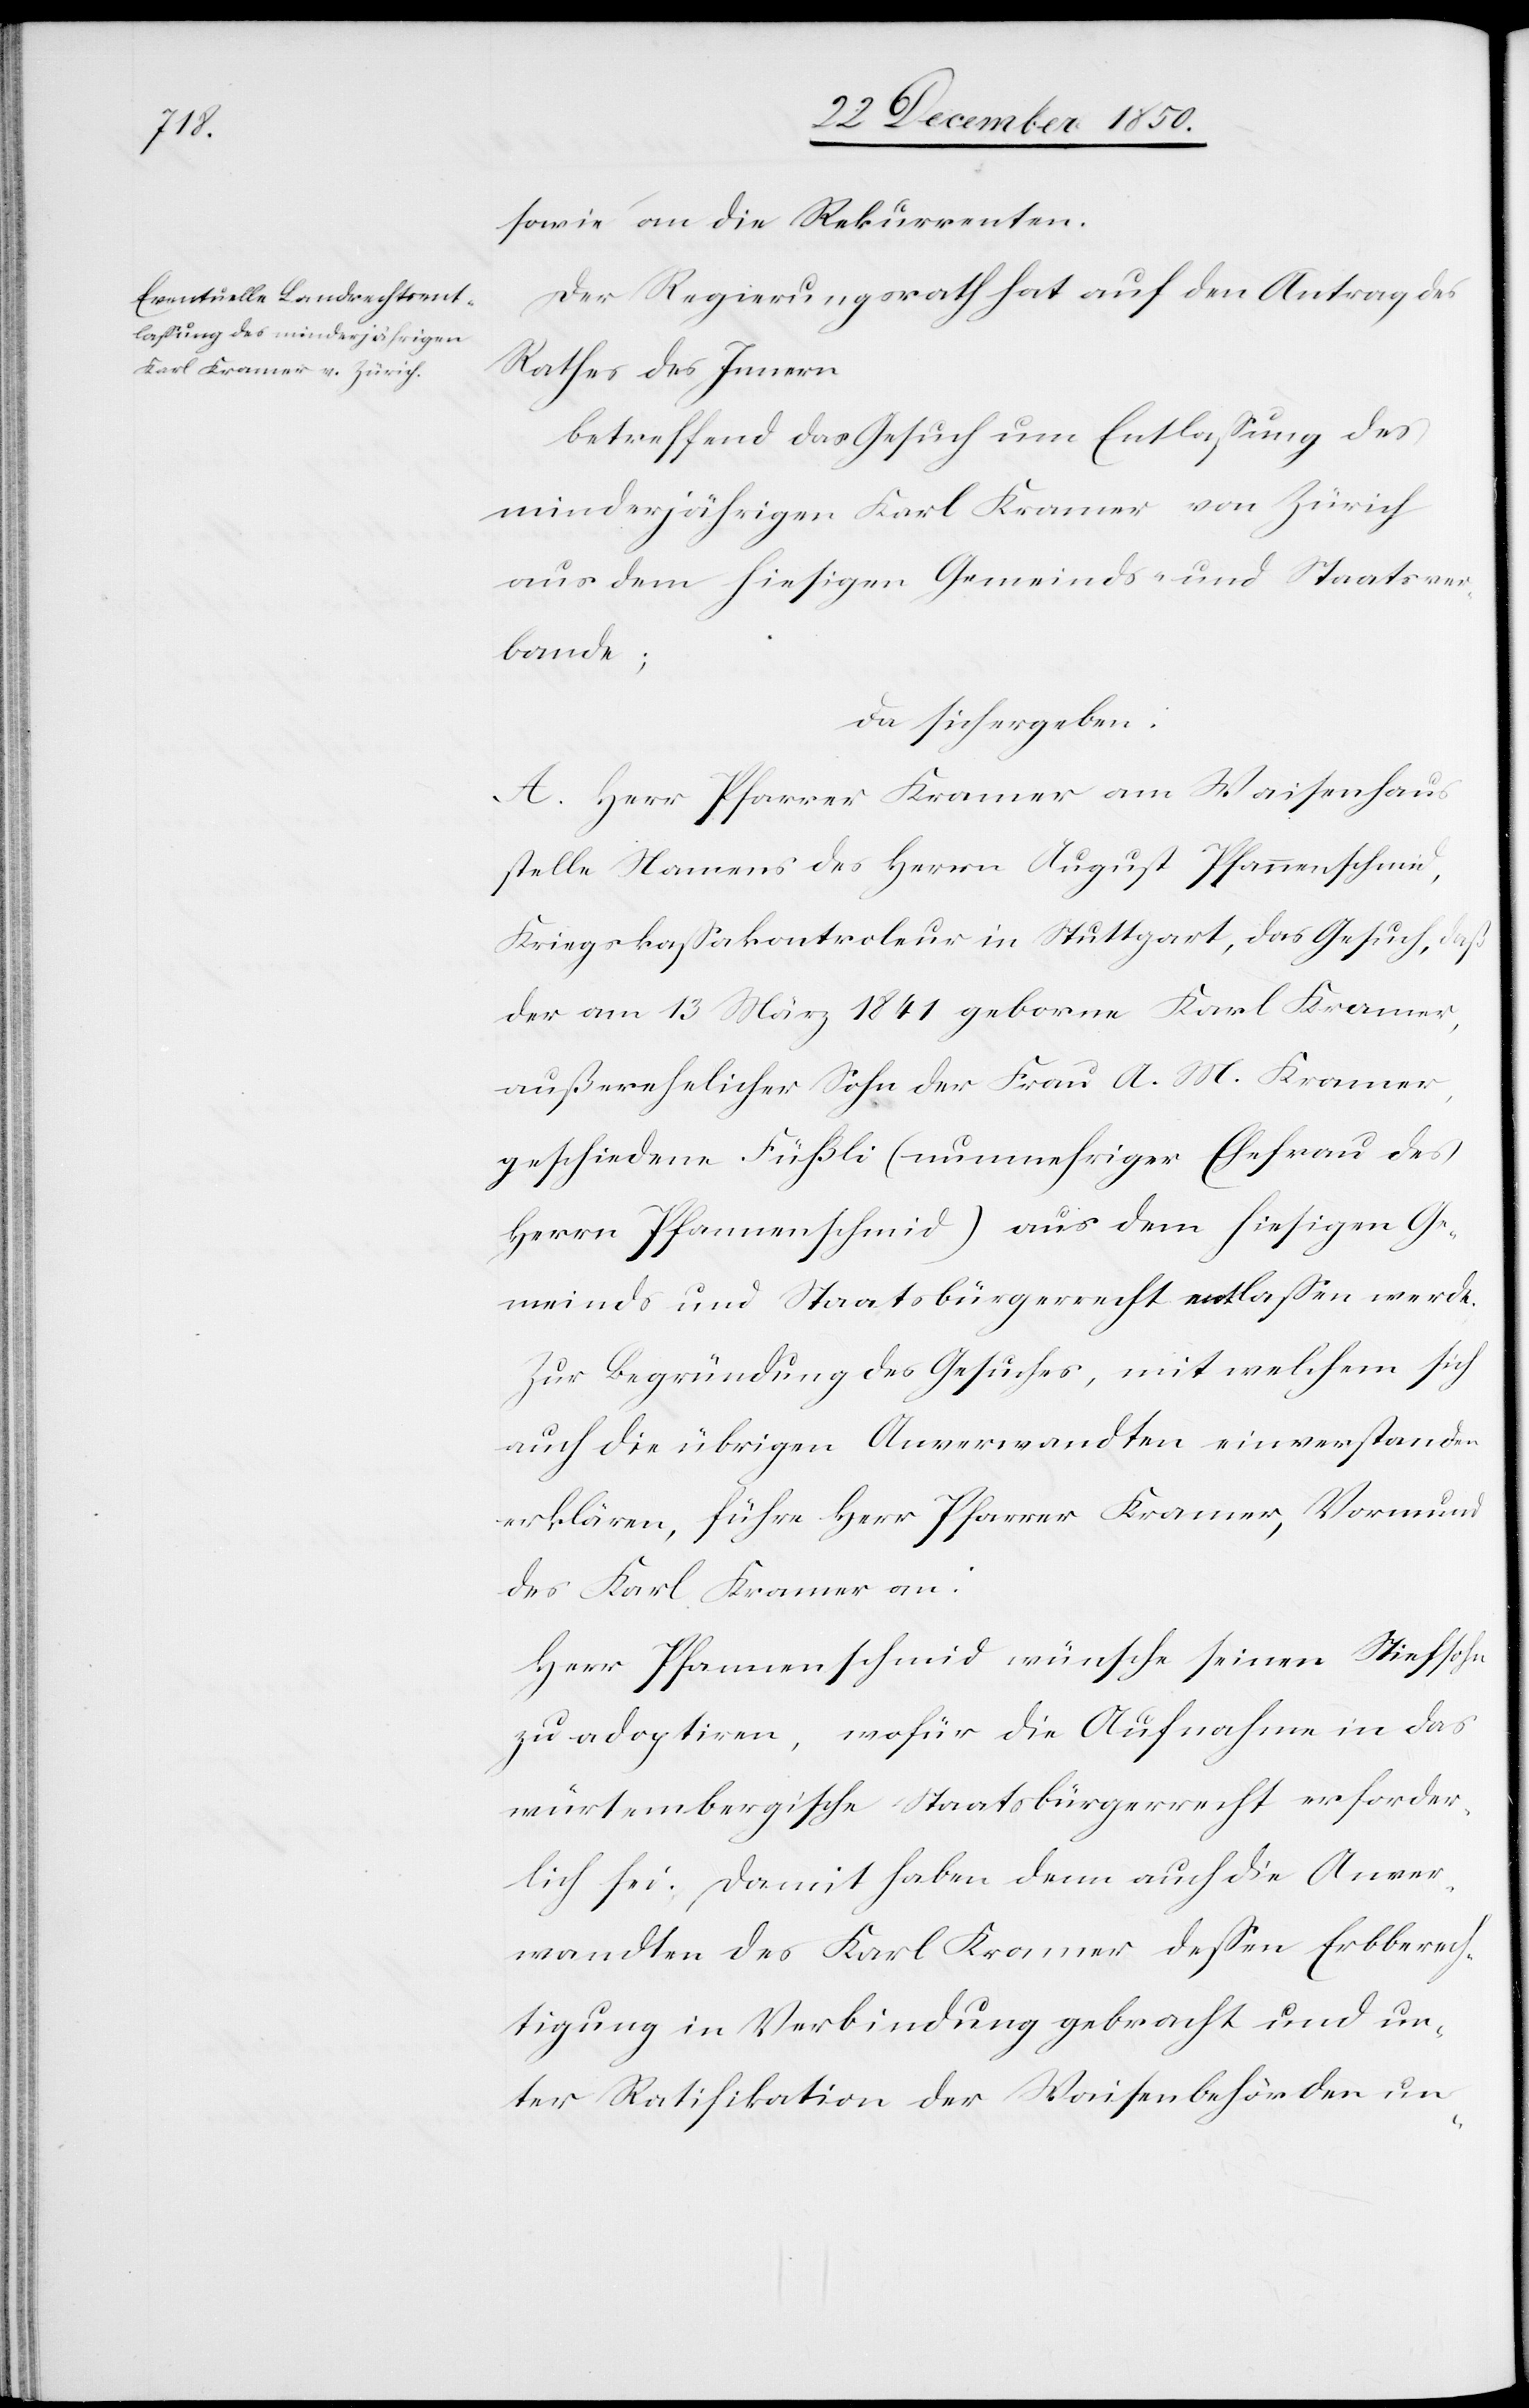
sver¬
Karl Kramer aus dem h¬

sowie an den Rekurrenten.
Der Regierungsrath hat auf den Antrag des
Rathes des Innern,
betreffend das Gesuch um Entlaßung des
bande;
da sich ergeben:
A. Herr Pfarrer Kramer am Waisenhaus
stelle Namens des Herrn August Pfannenschmid,
Kriegskaßakontroleur in Stuttgart, das Gesuch, daß
der am 13 März 1841 geborne Karl Kramer,
außerehelicher Sohn der Frau A. M. Kramer,
geschiedene Füßli (nunmehriger Ehefrau des
Herrn Pfannenschmid) aus dem hiesigen Ge¬
meinds- und Staatsbürgerrecht entlaßen werde.
Zur Begründung des Gesuches, mit welchem sich
auch die übrigen Anverwandten einverstanden
erklären, führe Herr Pfarrer Kramer, Vormund
des Karl Kramer an:
Herr Pfannenschmid wünsche seinen Stiefsohn
zu adoptiren, wofür die Aufnahme in das
würtembergische Staatsbürgerrecht erforder¬
lich sei. Damit haben denn auch die Anver¬
wandten des Karl Kramer deßen Erbberech¬
tigung in Verbindung gebracht und un¬
ter Ratifikation der Waisenbehörden un-